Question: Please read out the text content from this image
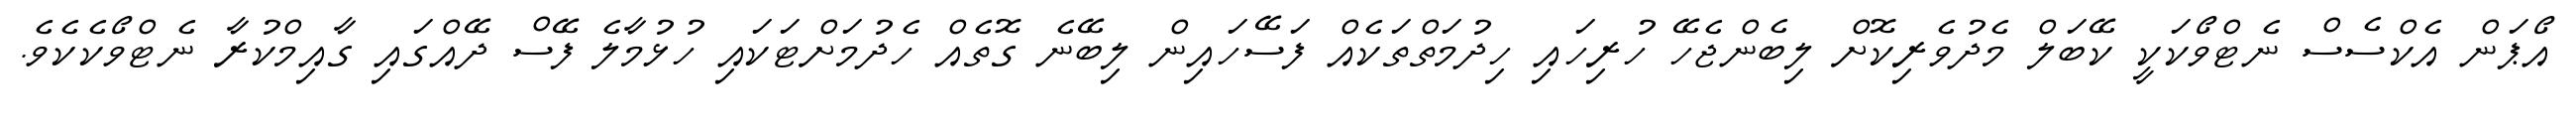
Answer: އޯޕަން އެކްސެސް ނެޓްވޯކަކީ ކޭބަލް މެދުވެރިކޮށް ލިބެންޖެހޭ ހުރިހައި ހިދުމަތްތަކެއް ފަސޭހައިން ލިބޭނެ ގޮތެއް ހެދުމަށްޓަކައި ހުޅުމާލެ ފޭސް ދޭއްގައި ގާއިމްކުރާ ނެޓްވޯކެކެވެ.